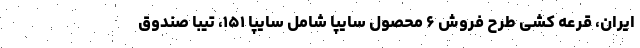
ایران، قرعه کشی طرح فروش ۶ محصول سایپا شامل سايپا ۱۵۱، تيبا صندوق